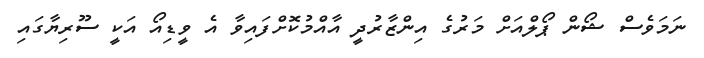
ނަމަވެސް ޝޯން ޕޯލްއަށް މަރުގެ އިންޒާރުދީ އާއްމުކޮށްފައިވާ އެ ވީޑިއޯ އަކީ ސޫރިޔާގައި